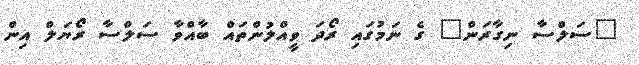
"ސަލްސާ ނިގާރަން" ގެ ނަމުގައި ރޯދަ ވީއްލުންތައް ބާއްވާ ސަލްސާ ރޯޔަލް އިން